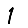
Digit: 1